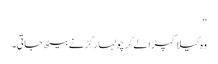
‘‘
وہ گیلا کپڑا لے کر چولہا رگڑنے بیٹھ جاتی۔